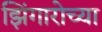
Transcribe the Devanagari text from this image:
झिंगारोच्या